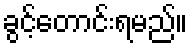
ခွင့်တောင်းရမည်။